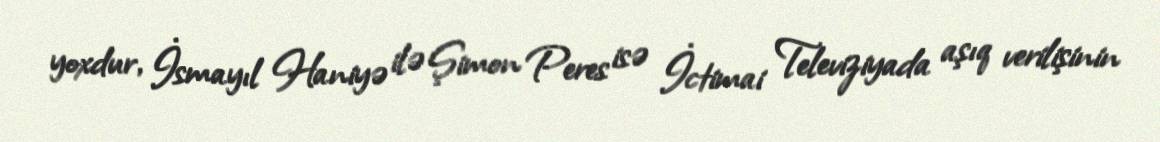
yoxdur, İsmayıl Haniyə ilə Şimon Peres isə İctimai Televiziyada aşıq verilişinin